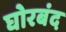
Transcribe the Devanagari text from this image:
घोरबंद